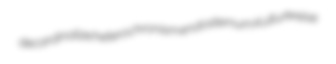
decardinalize heterochronism endosternum Kulturkreise